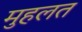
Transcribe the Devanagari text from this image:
मुहलत